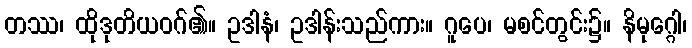
တဿ၊ ထိုဒုတိယဝဂ်၏။ ဥဒါနံ၊ ဥဒါန်းသည်ကား။ ဂူပေ၊ မစင်တွင်း၌။ နိမုဂ္ဂေါ၊